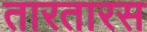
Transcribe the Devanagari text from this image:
तारतारस